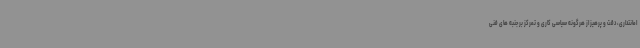
امانتداری، دقت و پرهیز از هرگونه سیاسی کاری و تمرکز بر جنبه های فنی